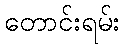
တောင်းရမ်း